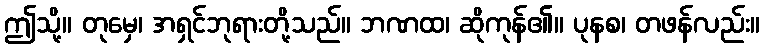
ဤသို့။ တုမှေ၊ အရှင်ဘုရားတို့သည်။ ဘဏထ၊ ဆိုကုန်၏။ ပုနစ၊ တဖန်လည်း။